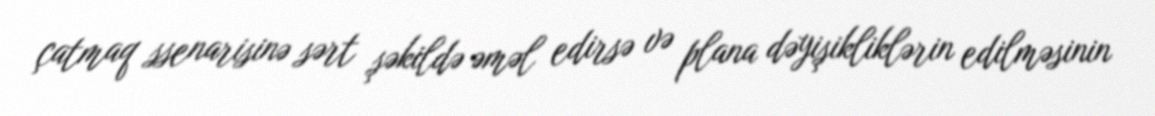
çatmaq ssenarisinə sərt şəkildə əməl edirsə və plana dəyişikliklərin edilməsinin